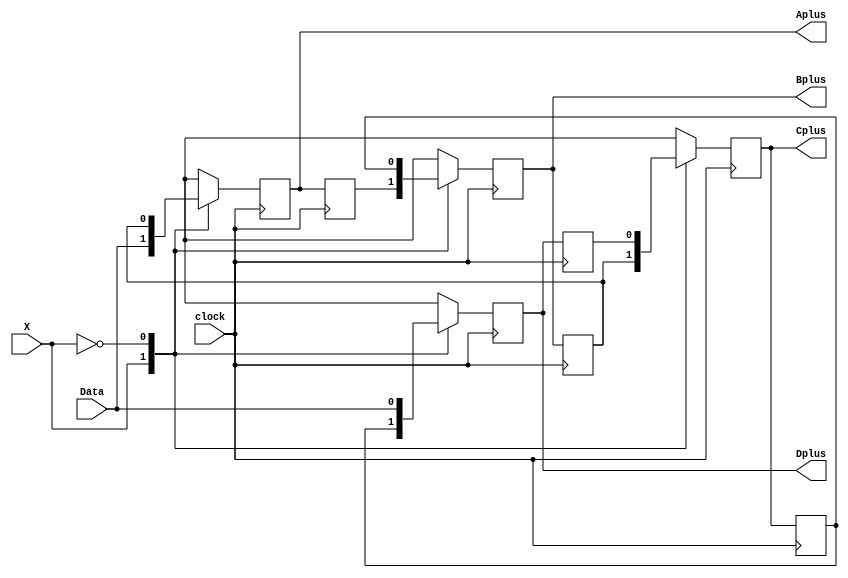
//PR 6 Perancangan Sistem Digital
//Fiorella Averina Gunawan
//NIM 19/443579/TK/48775
//Bidirectional Shift Register 4 bit
//Design Module Source Code

module BDSR4bit (X, clock, Data, Aplus, Bplus, Cplus, Dplus);
//Membuat modul BDSR4bit dengan parameter X, clock, Data, Aplus, Bplus, Cplus, dan Dplus
//A, B, C, D adalah present state
//Sedangkan, Aplus, Bplus, Cplus, dan Dplus adalah next state
    input X, clock, Data; //Mendeklarasikan X, clock, dan Data sebagai input
    reg A, B, C, D; //Mendeklarasikan A, B, C, dan D sebagai register
    output reg Aplus, Bplus, Cplus, Dplus; 
    //Mendeklarasikan Aplus, Bplus, Cplus, dan Dplus sebagai output register

    always @(posedge clock)
    //Membuat always block yang akan dieksekusi ketika clock mengalami positive edge (dari 0 ke 1)
    //Pada D flip flop, nilai next state sama dengan input flip flop
    begin
        case (X) //Membuat switch case loop untuk X
            1: //Jika X = 1, angka akan bergeser ke kanan, dengan Data menjadi MSB
            begin //Geser kanan
                Aplus = Data; //Mendefinisikan Aplus (MSB = Data)
                Bplus = A; //Mendefinisikan Bplus
                Cplus = B; //Mendefinisikan Cplus
                Dplus = C; //Mendefinisikan Dplus
            end //Mengakhiri case X = 1
            0: //Jika X = 0, angka akan bergeser ke kiri, dengan Data menjadi LSB
            begin //Geser kiri
                Aplus = B; //Mendefinisikan Aplus
                Bplus = C; //Mendefinisikan Bplus
                Cplus = D; //Mendefinisikan Cplus
                Dplus = Data; //Mendefinisikan Dplus (LSB = Data)
            end //Mengakhiri case X = 0
        endcase //Mengakhiri switch case loop X
    end //Mengakhiri always block

    always @(negedge clock) 
    //Membuat always block yang akan dieksekusi ketika clock mengalami negative edge (dari 1 ke 0)
    //Pada D flip flop, nilai next state sama dengan present state
    begin //Menyimpan nilai Aplus, Bplus, Cplus, dan Dplus di A, B, C, dan D
        A = Aplus; //Mendefinisikan A
        B = Bplus; //Mendefinisikan B
        C = Cplus; //Mendefinisikan C
        D = Dplus; //Mendefinisikan D
    end //Mengakhiri always block
endmodule //Mengakhiri modul